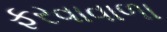
ફરવાવાળા